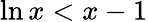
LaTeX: \ln x<x-1